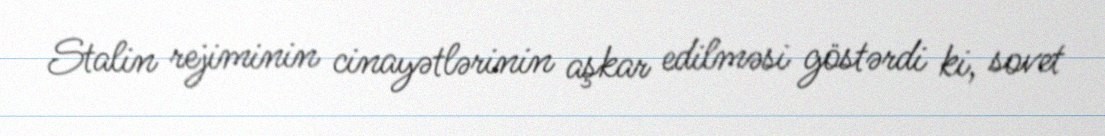
Stalin rejiminin cinayətlərinin aşkar edilməsi göstərdi ki, sovet